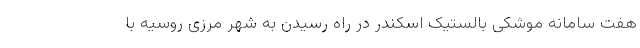
هفت سامانه موشکی بالستیک اسکندر در راه رسیدن به شهر مرزی روسیه با